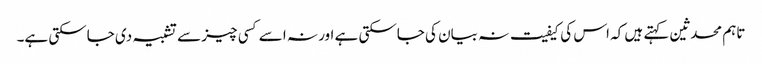
تاہم محدثین کہتے ہیں کہ اس کی کیفیت نہ بیان کی جاسکتی ہے اور نہ اسے کسی چیز سے تشبیہ دی جاسکتی ہے۔